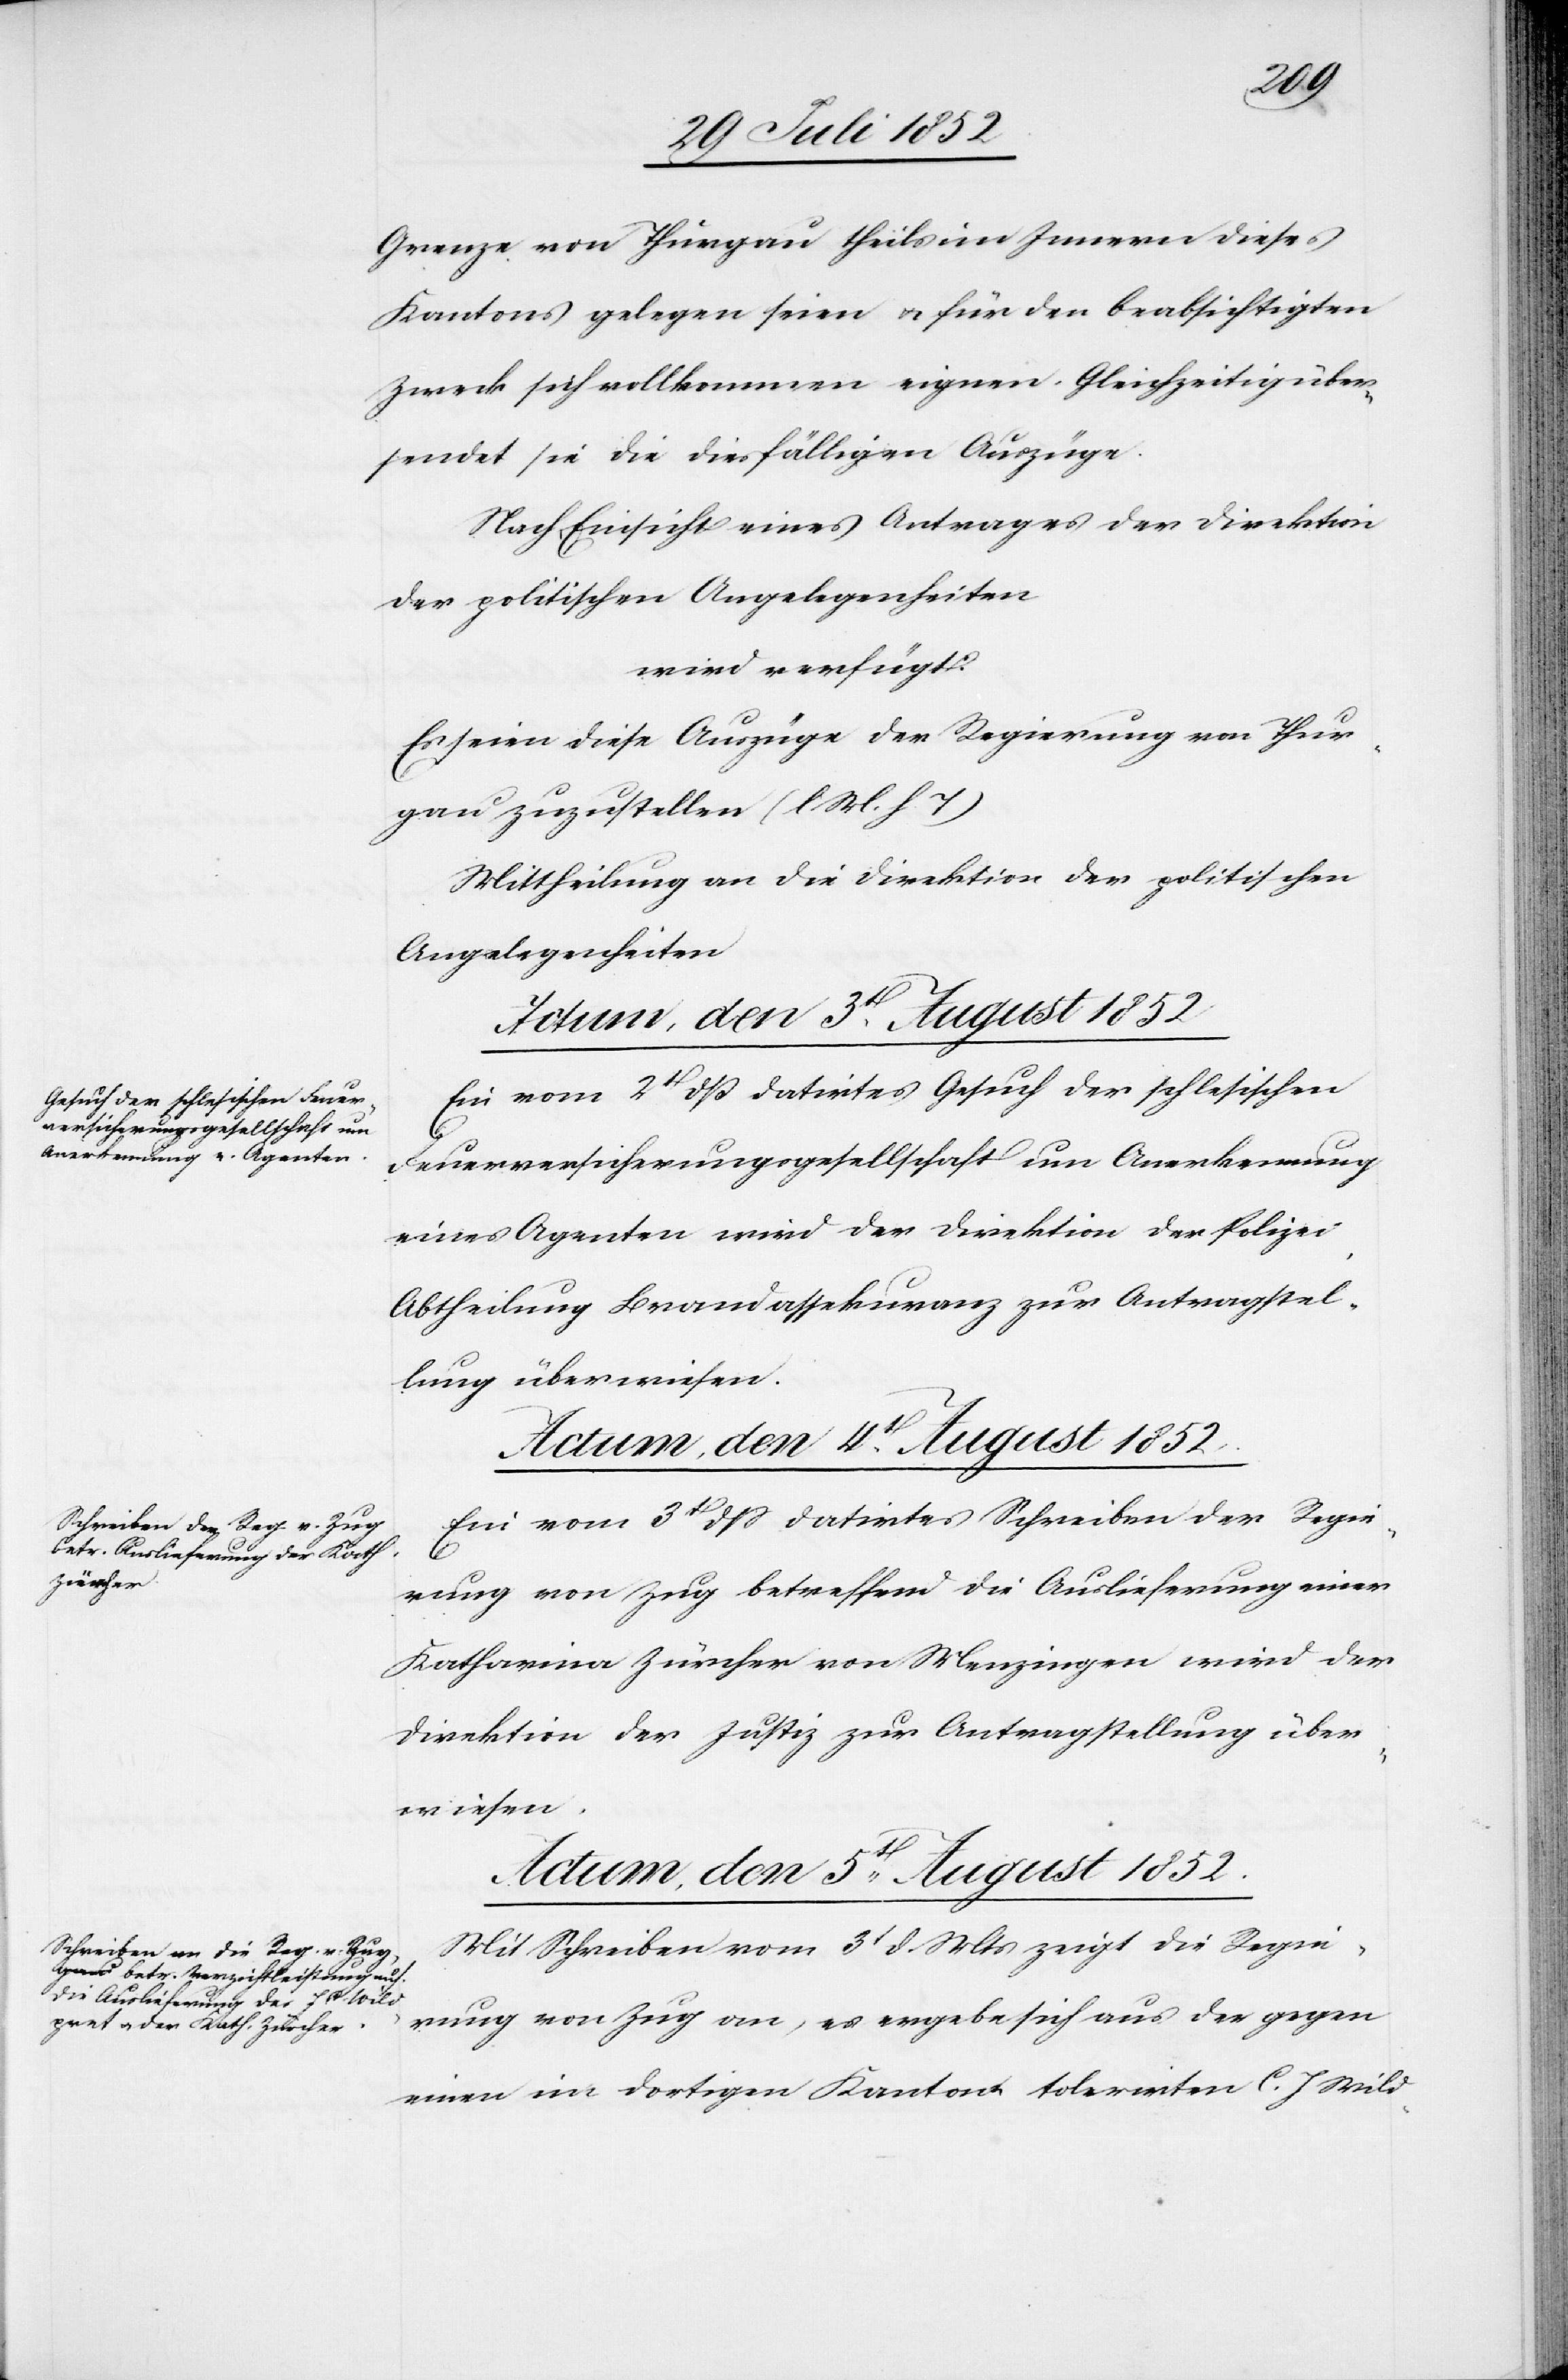
Grenze von Thurgau theils im Innern dieses
Kantons gelegen seien & für den beabsichtigten
Zweck sich vollkommen eignen. Gleichzeitig über¬
sendet sie die diesfälligen Auszüge.
Nach Einsicht eines Antrages der Direktion
der politischen Angelegenheiten
wird verfügt:
Es seien diese Auszüge der Regierung von Thur¬
gau zuzustellen (l M. h. T)
Mittheilung an die Direktion der politischen
Angelegenheiten[.]
Actum, den 3t. August 1852
Ein vom 2t dß datirtes Gesuch der schlesischen
Feuerversicherungsgesellschaft um Anerkennung
eines Agenten wird der Direktion der Polizei,
Abtheilung Brandassekuranz zur Antragstel¬
lung überwiesen.
Actum, den 4t. August 1852.
Ein vom 3t dss datirtes Schreiben der Regie¬
rung von Zug betreffend die Auslieferung einer
Katharina Zürcher von Menzingen wird der
Direktion der Justiz zur Antragstellung über¬
wiesen.
Actum, den 5t. August 1852.
Mit Schreiben vom 3t d. Mts zeigt die Regie¬
rung von Zug an, es ergebe sich aus der gegen
einen im dortigen Kanton tolerirten C. J Wild-